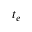
t _ { e }